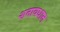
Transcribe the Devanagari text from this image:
शतावधान